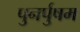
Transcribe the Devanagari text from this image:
पुनर्पुषम